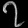
Digit: ၇